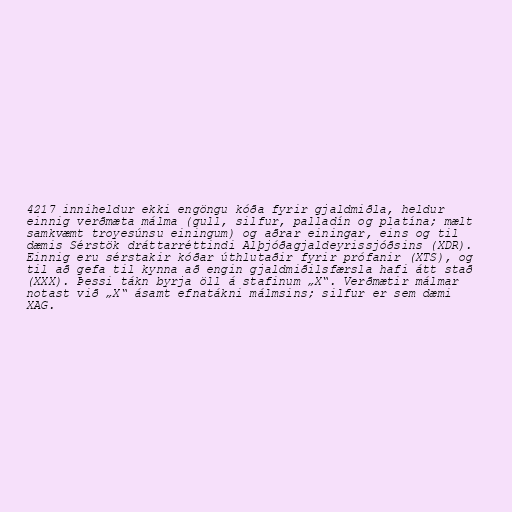
4217 inniheldur ekki engöngu kóða fyrir gjaldmiðla, heldur
einnig verðmæta málma (gull, silfur, palladín og platína; mælt
samkvæmt troyesúnsu einingum) og aðrar einingar, eins og til
dæmis Sérstök dráttarréttindi Alþjóðagjaldeyrissjóðsins (XDR).
Einnig eru sérstakir kóðar úthlutaðir fyrir prófanir (XTS), og
til að gefa til kynna að engin gjaldmiðilsfærsla hafi átt stað
(XXX). Þessi tákn byrja öll á stafinum „X“. Verðmætir málmar
notast við „X“ ásamt efnatákni málmsins; silfur er sem dæmi
XAG.